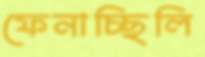
ফেনাচ্ছিলি